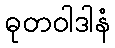
ဓုတဝါဒါနံ